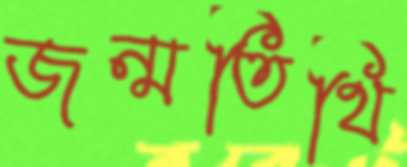
জন্মতিথি